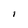
Character: I